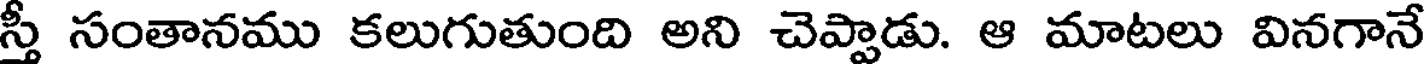
స్తీ సంతానము కలుగుతుంది అని చెప్పాడు. ఆ మాటలు వినగానే